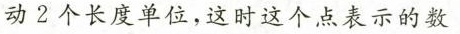
动2个长度单位，这时这个点表示的数